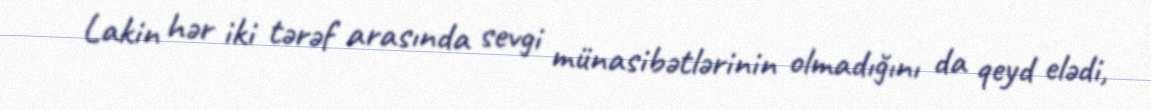
Lakin hər iki tərəf arasında sevgi münasibətlərinin olmadığını da qeyd elədi,